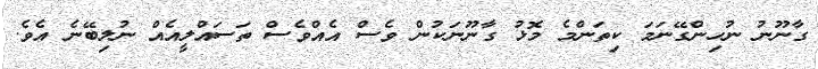
ގާނޫނު ނުހިންގޭނަމަ ކިތަންމެ މޮޅު ގާނޫނަކުން ވެސް އެއްވެސް ތަސައްލީއެއް ނުލިބޭނެ އެވެ.